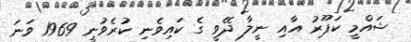
ޝައްމީ ކަޕޫރު އާއި ނީލާ ދޭވީ ގެ ކައިވެނި ކުރެވުނީ 1969 ވަނަ